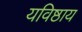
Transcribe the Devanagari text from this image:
यविष्ठाय